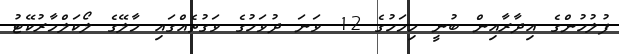
ފުލުހުންގެ އިދާރާއިން ބުނީ މިމަހުގެ 12 ވަނަ ދުވަހުގެ ވަގުތެއްގައި މާލޭގެ ލޯކަލްމާރުކޭޓު